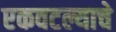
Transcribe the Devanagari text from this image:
एकवटल्याचे